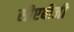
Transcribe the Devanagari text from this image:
सीएबीजी